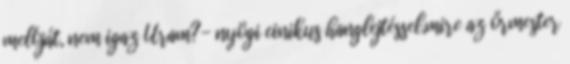
melóját, nem igaz Uram?- nyögi cinikus hanglejtéssel,mire az őrmester